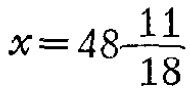
$x = 48 - \frac{11}{18}$